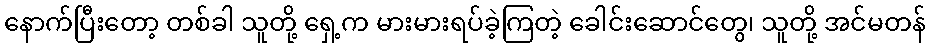
နောက်ပြီးတော့ တစ်ခါ သူတို့ ရှေ့က မားမားရပ်ခဲ့ကြတဲ့ ခေါင်းဆောင်တွေ၊ သူတို့ အင်မတန်